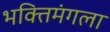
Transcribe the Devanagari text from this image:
भक्तिमंगला